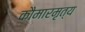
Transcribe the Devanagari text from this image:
कौमारमृत्य